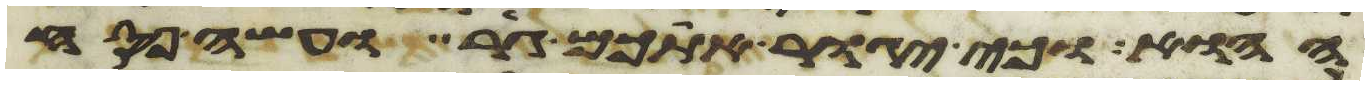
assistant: ההוא וכי יגור אתכם גר ועשה פסח